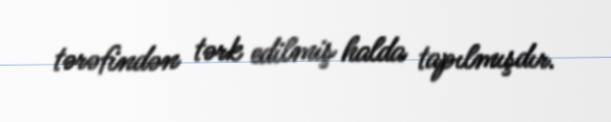
tərəfindən tərk edilmiş halda tapılmışdır.